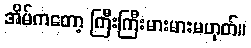
အိမ်ကတော့ ကြီးကြီးမားမားမဟုတ်။